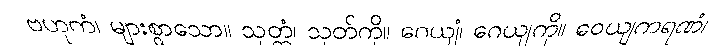
ဗဟုကံ၊ များစွာသော။ သုတ္တံ၊ သုတ်ကို။ ဂေယျံ၊ ဂေယျကို။ ဝေယျကရဏံ၊